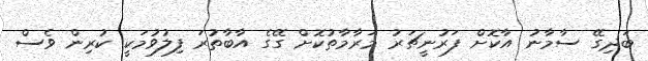
ބަދިގޭ ސާމާނު އާކޮށް ފަރުނީޗަރު މަރާމާތުކޮށް ގޭގެ އާބާތުރަ ފިލުވުމަކީ ކުރިން ވެސް